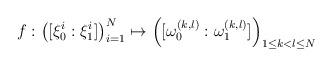
LaTeX: \begin{align*}f: \left( [\xi_0^i : \xi_1^i] \right)_{i=1}^N \mapsto \left( [\omega_0^{(k,l)} : \omega_1^{(k,l)}] \right)_{1 \leq k < l \leq N}\end{align*}